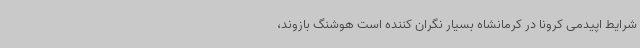
شرایط اپیدمی کرونا در کرمانشاه بسیار نگران کننده است هوشنگ بازوند،